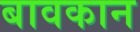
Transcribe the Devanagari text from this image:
बावकान